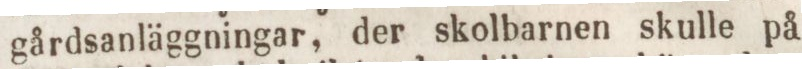
gårdsanläggningar, der skolbarnen skulle på